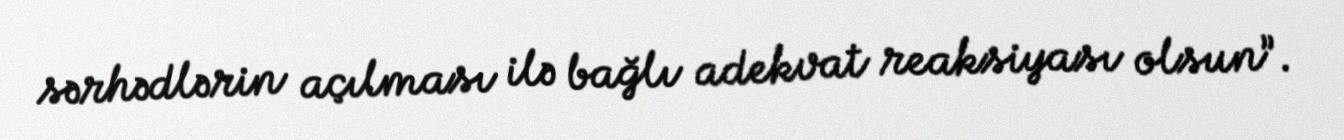
sərhədlərin açılması ilə bağlı adekvat reaksiyası olsun”.